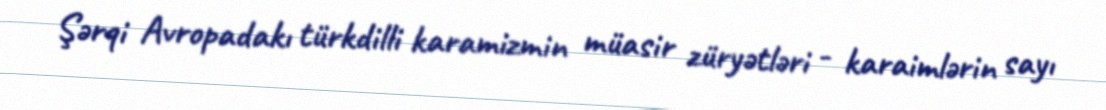
Şərqi Avropadakı türkdilli karamizmin müasir züryətləri - karaimlərin sayı